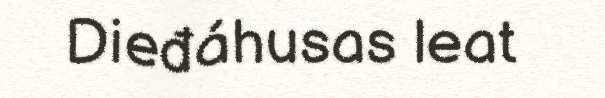
Dieđáhusas leat